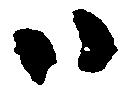
ハ